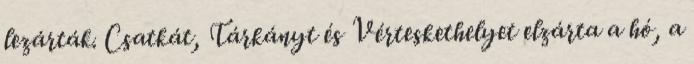
lezárták. Csatkát, Tárkányt és Vérteskethelyet elzárta a hó, a